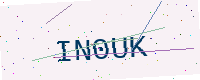
Text: IN0UK